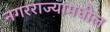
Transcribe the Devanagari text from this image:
नगरराज्यामधील